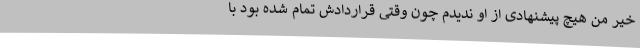
خیر من هیچ پیشنهادی از او ندیدم چون وقتی قراردادش تمام شده بود با